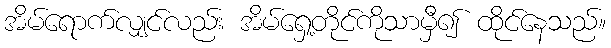
အိမ်ရောက်လျှင်လည်း အိမ်ရှေ့တိုင်ကိုသာမှီ၍ ထိုင်နေသည်။